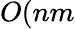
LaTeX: O(nm